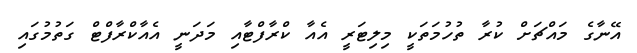
އޭނާގެ މައްޗަށް ކުރާ ތުހުމަތަކީ މިލިޓަރީ އެއާ ކްރާފްޓާއި މަދަނީ އެއާކްރާފްޓް ގަތުމުގައި